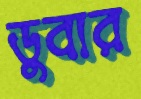
ডুবার